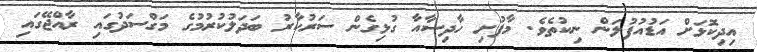
އިދިކޮޅަށް އަޑުއުފުލަން ނިކުތެވެ. މާފުށި ހާދިސާއާ ގުޅިގެން ސަރުކާރު ބަދަލުކުރުމުގެ މަގްސަދުގައި ރާއްޖޭގައި